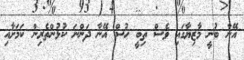
އޭނާ ބުނީ މާޒިޔާގައި ވެސް ތިބީ ހުސް އޭނާ ދަންނަ ކުޅުންތެރިން ކަމަށާއި